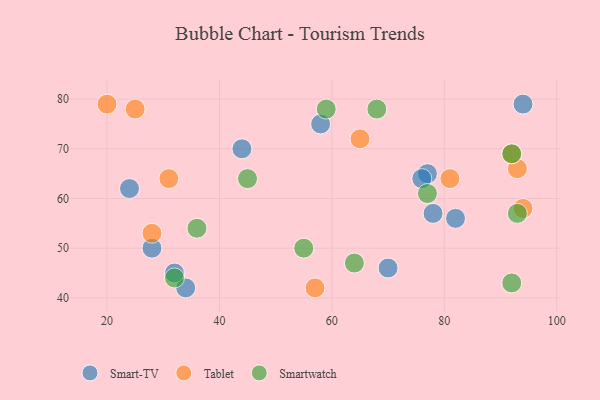
{"axis": {"x": "GDP", "y": "Life Expectancy"}, "legend": ["Smart-TV", "Smartwatch", "Tablet"], "data": [{"x": "77", "y": 65, "type": "Smart-TV"}, {"x": "94", "y": 79, "type": "Smart-TV"}, {"x": "24", "y": 62, "type": "Smart-TV"}, {"x": "34", "y": 42, "type": "Smart-TV"}, {"x": "76", "y": 64, "type": "Smart-TV"}, {"x": "28", "y": 50, "type": "Smart-TV"}, {"x": "82", "y": 56, "type": "Smart-TV"}, {"x": "44", "y": 70, "type": "Smart-TV"}, {"x": "70", "y": 46, "type": "Smart-TV"}, {"x": "78", "y": 57, "type": "Smart-TV"}, {"x": "58", "y": 75, "type": "Smart-TV"}, {"x": "32", "y": 45, "type": "Smart-TV"}, {"x": "93", "y": 66, "type": "Tablet"}, {"x": "94", "y": 58, "type": "Tablet"}, {"x": "92", "y": 69, "type": "Tablet"}, {"x": "65", "y": 72, "type": "Tablet"}, {"x": "25", "y": 78, "type": "Tablet"}, {"x": "31", "y": 64, "type": "Tablet"}, {"x": "28", "y": 53, "type": "Tablet"}, {"x": "57", "y": 42, "type": "Tablet"}, {"x": "20", "y": 79, "type": "Tablet"}, {"x": "81", "y": 64, "type": "Tablet"}, {"x": "59", "y": 78, "type": "Smartwatch"}, {"x": "64", "y": 47, "type": "Smartwatch"}, {"x": "92", "y": 69, "type": "Smartwatch"}, {"x": "45", "y": 64, "type": "Smartwatch"}, {"x": "36", "y": 54, "type": "Smartwatch"}, {"x": "32", "y": 44, "type": "Smartwatch"}, {"x": "92", "y": 43, "type": "Smartwatch"}, {"x": "77", "y": 61, "type": "Smartwatch"}, {"x": "68", "y": 78, "type": "Smartwatch"}, {"x": "93", "y": 57, "type": "Smartwatch"}, {"x": "55", "y": 50, "type": "Smartwatch"}]}